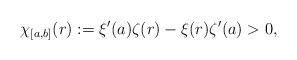
LaTeX: \begin{align*}\chi_{[a,b]}(r):=\xi'(a)\zeta(r)-\xi(r)\zeta'(a)>0,\end{align*}